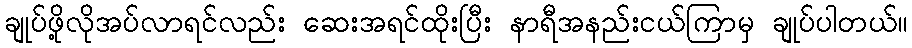
ချုပ်ဖို့လိုအပ်လာရင်လည်း ဆေးအရင်ထိုးပြီး နာရီအနည်းငယ်ကြာမှ ချုပ်ပါတယ်။